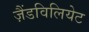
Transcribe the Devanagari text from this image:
ज़ैंडविलियेट